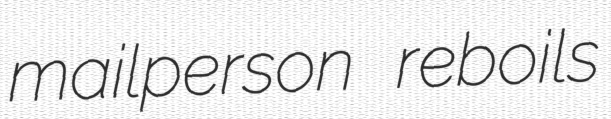
mailperson reboils